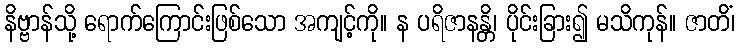
နိဗ္ဗာန်သို့ ရောက်ကြောင်းဖြစ်သော အကျင့်ကို။ န ပရိဇာနန္တိ၊ ပိုင်းခြား၍ မသိကုန်။ ဇာတိံ၊